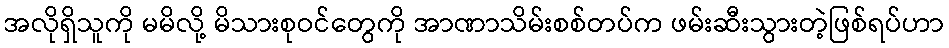
အလိုရှိသူကို မမိလို့ မိသားစုဝင်တွေကို အာဏာသိမ်းစစ်တပ်က ဖမ်းဆီးသွားတဲ့ဖြစ်ရပ်ဟာ